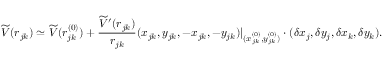
\widetilde { V } ( r _ { j k } ) \simeq \widetilde { V } ( r _ { j k } ^ { ( 0 ) } ) + \frac { \widetilde { V } ^ { \prime } ( r _ { j k } ) } { r _ { j k } } ( x _ { j k } , y _ { j k } , - x _ { j k } , - y _ { j k } ) | _ { ( x _ { j k } ^ { ( 0 ) } , y _ { j k } ^ { ( 0 ) } ) } \cdot ( \delta x _ { j } , \delta y _ { j } , \delta x _ { k } , \delta y _ { k } ) .